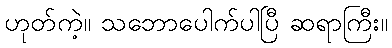
ဟုတ်ကဲ့။ သဘောပေါက်ပါပြီ ဆရာကြီး။